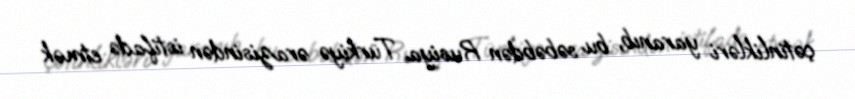
çətinlikləri yaranıb, bu səbəbdən Rusiya Türkiyə ərazisindən istifadə etmək